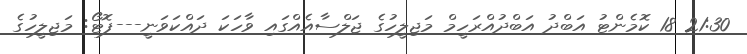
21:30 18 ކޮމެންޓު އަބްދު އަބްދުއްރަހީމް މަޖިލީހުގެ ޖަލްސާއެއްގައި ވާހަކަ ދައްކަވަނީ---ފޮޓޯ: މަޖިލީހުގެ